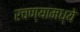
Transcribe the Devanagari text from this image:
रचण्यामध्ये